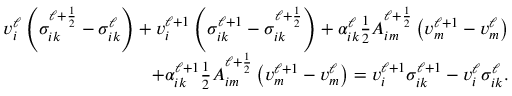
\begin{array} { r } { v _ { i } ^ { \ell } \left( \sigma _ { i k } ^ { \ell + \frac { 1 } { 2 } } - \sigma _ { i k } ^ { \ell } \right) + v _ { i } ^ { \ell + 1 } \left( \sigma _ { i k } ^ { \ell + 1 } - \sigma _ { i k } ^ { \ell + \frac { 1 } { 2 } } \right) + \alpha _ { i k } ^ { \ell } \frac { 1 } { 2 } A _ { i m } ^ { \ell + \frac { 1 } { 2 } } \left( v _ { m } ^ { \ell + 1 } - v _ { m } ^ { \ell } \right) } \\ { + \alpha _ { i k } ^ { \ell + 1 } \frac { 1 } { 2 } A _ { i m } ^ { \ell + \frac { 1 } { 2 } } \left( v _ { m } ^ { \ell + 1 } - v _ { m } ^ { \ell } \right) = v _ { i } ^ { \ell + 1 } \sigma _ { i k } ^ { \ell + 1 } - v _ { i } ^ { \ell } \sigma _ { i k } ^ { \ell } . } \end{array}